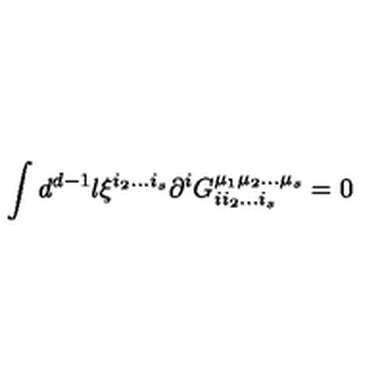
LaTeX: \int d ^ { d - 1 } l \xi ^ { i _ { 2 } \ldots i _ { s } } \partial ^ { i } G _ { i i _ { 2 } \ldots i _ { s } } ^ { \mu _ { 1 } \mu _ { 2 } \ldots \mu _ { s } } = 0